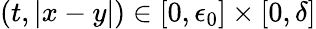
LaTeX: (t,|x-y|)\in[0,\epsilon_{0}]\times[0,\delta]